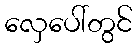
လှေပေါ်တွင်